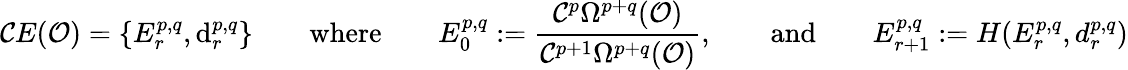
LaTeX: {\mathcal{C}}E({\mathcal{O}})=\{ E_{r}^{p,q},{\mathrm{d}}_{r}^{p,q}\} \qquad{\mathrm{where}}\qquad E_{0}^{p,q}:={\frac{{\mathcal{C}}^{p}\Omega^{p+q}({\mathcal{O}})}{{\mathcal{C}}^{p+1}\Omega^{p+q}({\mathcal{O}})}},\qquad{\mathrm{and}}\qquad E_{r+1}^{p,q}:=H(E_{r}^{p,q},d_{r}^{p,q})